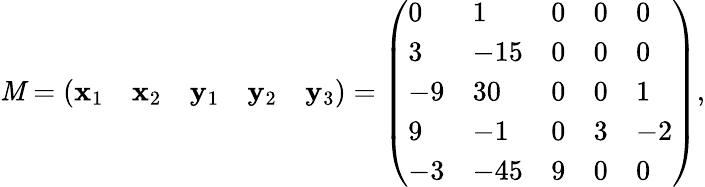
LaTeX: \mathit{M}={\left(\begin{array}{lllll}{\mathbf{x}_{1}}&{\mathbf{x}_{2}}&{\mathbf{y}_{1}}&{\mathbf{y}_{2}}&{\mathbf{y}_{3}}\end{array}\right)}={\left(\begin{array}{lllll}{0}&{1}&{0}&{0}&{0}\\ {3}&{-15}&{0}&{0}&{0}\\ {-9}&{30}&{0}&{0}&{1}\\ {9}&{-1}&{0}&{3}&{-2}\\ {-3}&{-45}&{9}&{0}&{0}\end{array}\right)},